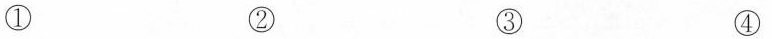
① ② ③ ④